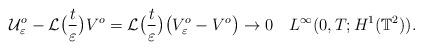
LaTeX: \begin{align*}\mathcal U_\varepsilon^o - \mathcal L\bigl( \dfrac t \varepsilon \bigr) V^o = \mathcal L \bigl( \dfrac t \varepsilon \bigr) \bigl( V_\varepsilon^o - V^o \bigr) \rightarrow 0 ~~ ~ L^\infty(0,T;H^1(\mathbb T^2)).\end{align*}